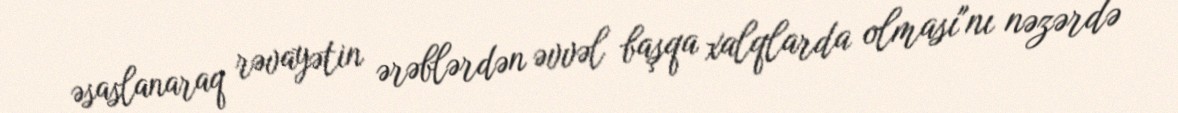
əsaslanaraq rəvayətin ərəblərdən əvvəl başqa xalqlarda olması"nı nəzərdə